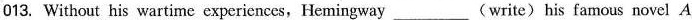
013. Without his wartime experiences, Hemingway ___ (write)his famous novel A